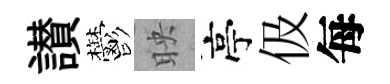
讃鬱映亭伋每